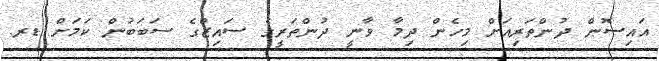
އައިސޮން ދުންތަރިއަށް މިހެން ދިމާ ވާނީ ދުންތަރީގެ ސައިޒްގެ ސަބަބުން ކަމަށް ޑރ.